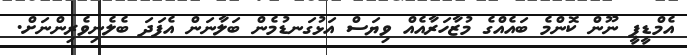
އެމްޑީޕީ ނޫން ކޮންމެ ބައެއްގެ މުޒާހަރާއެއް ވިޔަސް އަޅުގަނޑުމެން ބަލާނަން އެފަދަ ބެލެނިވެރިންނަށް.